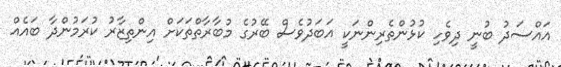
އައްސަދު ބުނީ ދިވެހި ކުޅުންތެރިންނަކީ އަބަދުވެސް ބޭރުގެ މުބާރާތްތަކަށް އިންތިޒާރު ކުރަމުންދާ ބައެއް